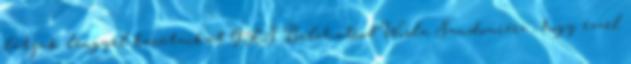
látjuk lengyel barátaikat GKS Belchatów&Wisla Sandomierz , hogy ezzel